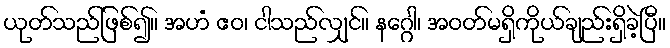
ယုတ်သည်ဖြစ်၍။ အဟံ ဧဝ၊ ငါသည်လျှင်။ နဂ္ဂေါ၊ အဝတ်မရှိကိုယ်ချည်းရှိခဲ့ပြီ။